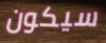
سيكون